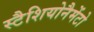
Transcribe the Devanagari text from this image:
स्टैशियोनैमेंटो